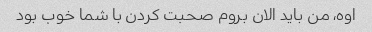
اوه، من باید الان بروم صحبت کردن با شما خوب بود